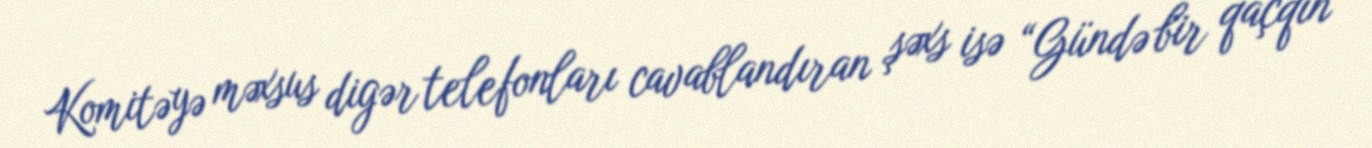
Komitəyə məxsus digər telefonları cavablandıran şəxs isə “Gündə bir qaçqın